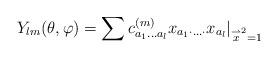
LaTeX: \begin{align*}Y_{lm} {(\theta,\varphi)}=\sum c^{(m)}_{a_{1}\ldots a_{l}} x_{a_{1} \cdot \ldots \cdot} x_{a_{l}}|_{\stackrel {\rightharpoonup}{x}^{2}=1}\end{align*}